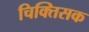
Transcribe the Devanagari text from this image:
चिक्तिसक